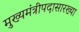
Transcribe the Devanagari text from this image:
मुख्यमंत्रीपदासारख्या